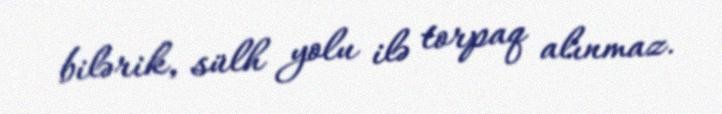
bilərik, sülh yolu ilə torpaq alınmaz.